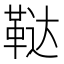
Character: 鞑